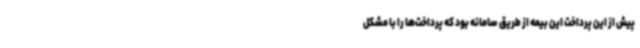
پیش از این پرداخت این بیمه از طریق سامانه بود که پرداخت‌ها را با مشکل